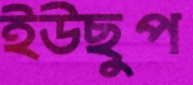
ইউছুপ